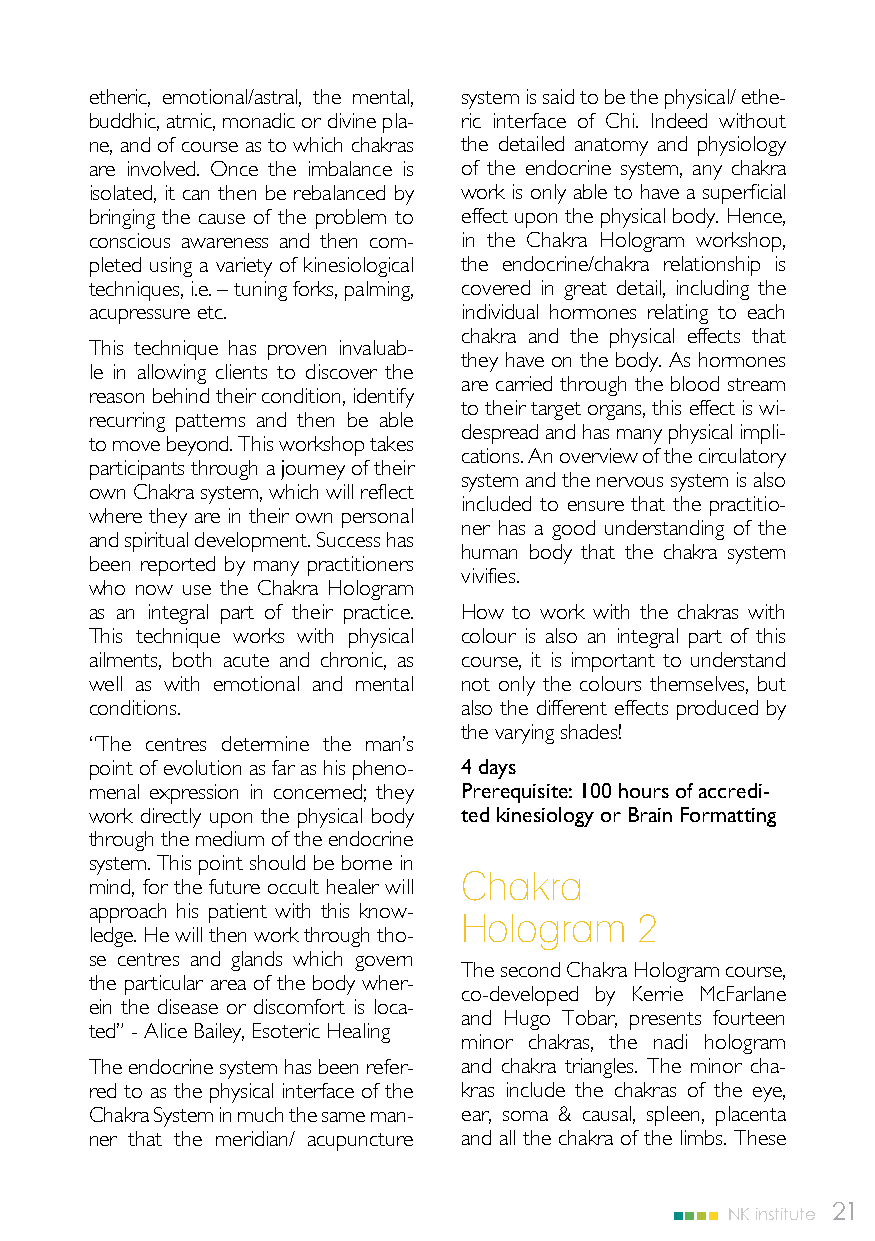
etheric, emotional/astral, the mental, system is said to be the physical/ ethe-
 buddhic, atmic, monadic or divine pla- ric interface of Chi. Indeed without
 ne, and of course as to which chakras the detailed anatomy and physiology
 are involved. Once the imbalance is of the endocrine system, any chakra
 isolated, it can then be rebalanced by work is only able to have a superficial
 bringing the cause of the problem to effect upon the physical body. Hence,
 conscious awareness and then com- in the Chakra Hologram workshop,
 pleted using a variety of kinesiological the endocrine/chakra relationship is
 techniques, i.e. – tuning forks, palming, covered in great detail, including the
 acupressure etc.        individual hormones relating to each
 chakra and the physical effects that
 This technique has proven invaluab-
 they have on the body. As hormones
 le in allowing clients to discover the
 are carried through the blood stream
 reason behind their condition, identify
 to their target organs, this effect is wi-
 recurring patterns and then be able
 despread and has many physical impli-
 to move beyond. This workshop takes
 cations. An overview of the circulatory
 participants through a journey of their
 system and the nervous system is also
 own Chakra system, which will reflect
 included to ensure that the practitio-
 where they are in their own personal
 ner has a good understanding of the
 and spiritual development. Success has
 human body that the chakra system
 been reported by many practitioners
 vivifies.
 who now use the Chakra Hologram
 as an integral part of their practice. How to work with the chakras with
 This technique works with physical colour is also an integral part of this
 ailments, both acute and chronic, as course, it is important to understand
 well as with emotional and mental not only the colours themselves, but
 conditions.             also the different effects produced by
 the varying shades!
 “The centres determine the man’s
 point of evolution as far as his pheno- 4 days
 menal expression in concerned; they Prerequisite: 100 hours of accredi-
 work directly upon the physical body ted kinesiology or Brain Formatting
 through the medium of the endocrine
 system. This point should be borne in
 Chakra
 mind, for the future occult healer will
 approach his patient with this know-
 Hologram    2
 ledge. He will then work through tho-
 se centres and glands which govern
 The second Chakra Hologram course,
 the particular area of the body wher-
 co-developed by Kerrie McFarlane
 ein the disease or discomfort is loca-
 and Hugo Tobar, presents fourteen
 ted” - Alice Bailey, Esoteric Healing
 minor chakras, the nadi hologram
 The endocrine system has been refer- and chakra triangles. The minor cha-
 red to as the physical interface of the kras include the chakras of the eye,
 Chakra System in much the same man- ear, soma & causal, spleen, placenta
 ner that the meridian/ acupuncture and all the chakra of the limbs. These
 NK institute 21